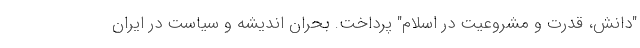
"دانش، قدرت و مشروعیت در اسلام" پرداخت. بحران اندیشه و سیاست در ایران